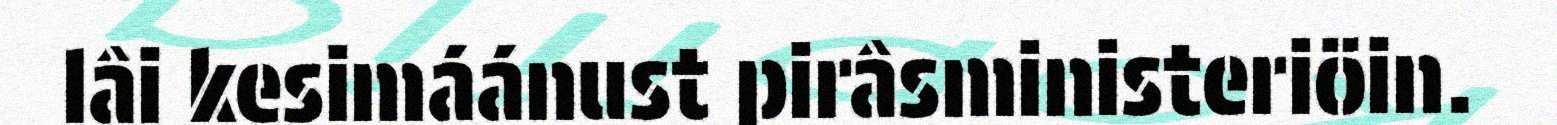
lâi kesimáánust pirâsministeriöin.